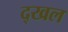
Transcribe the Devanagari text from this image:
द्खल